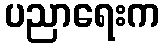
ပညာရေးက